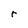
Character: r